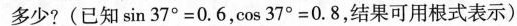
多少?(已知$$\sin 3 7 ° = 0 . 6$$，$$\cos 3 7 ° = 0 . 8$$，结果可用根式表示)